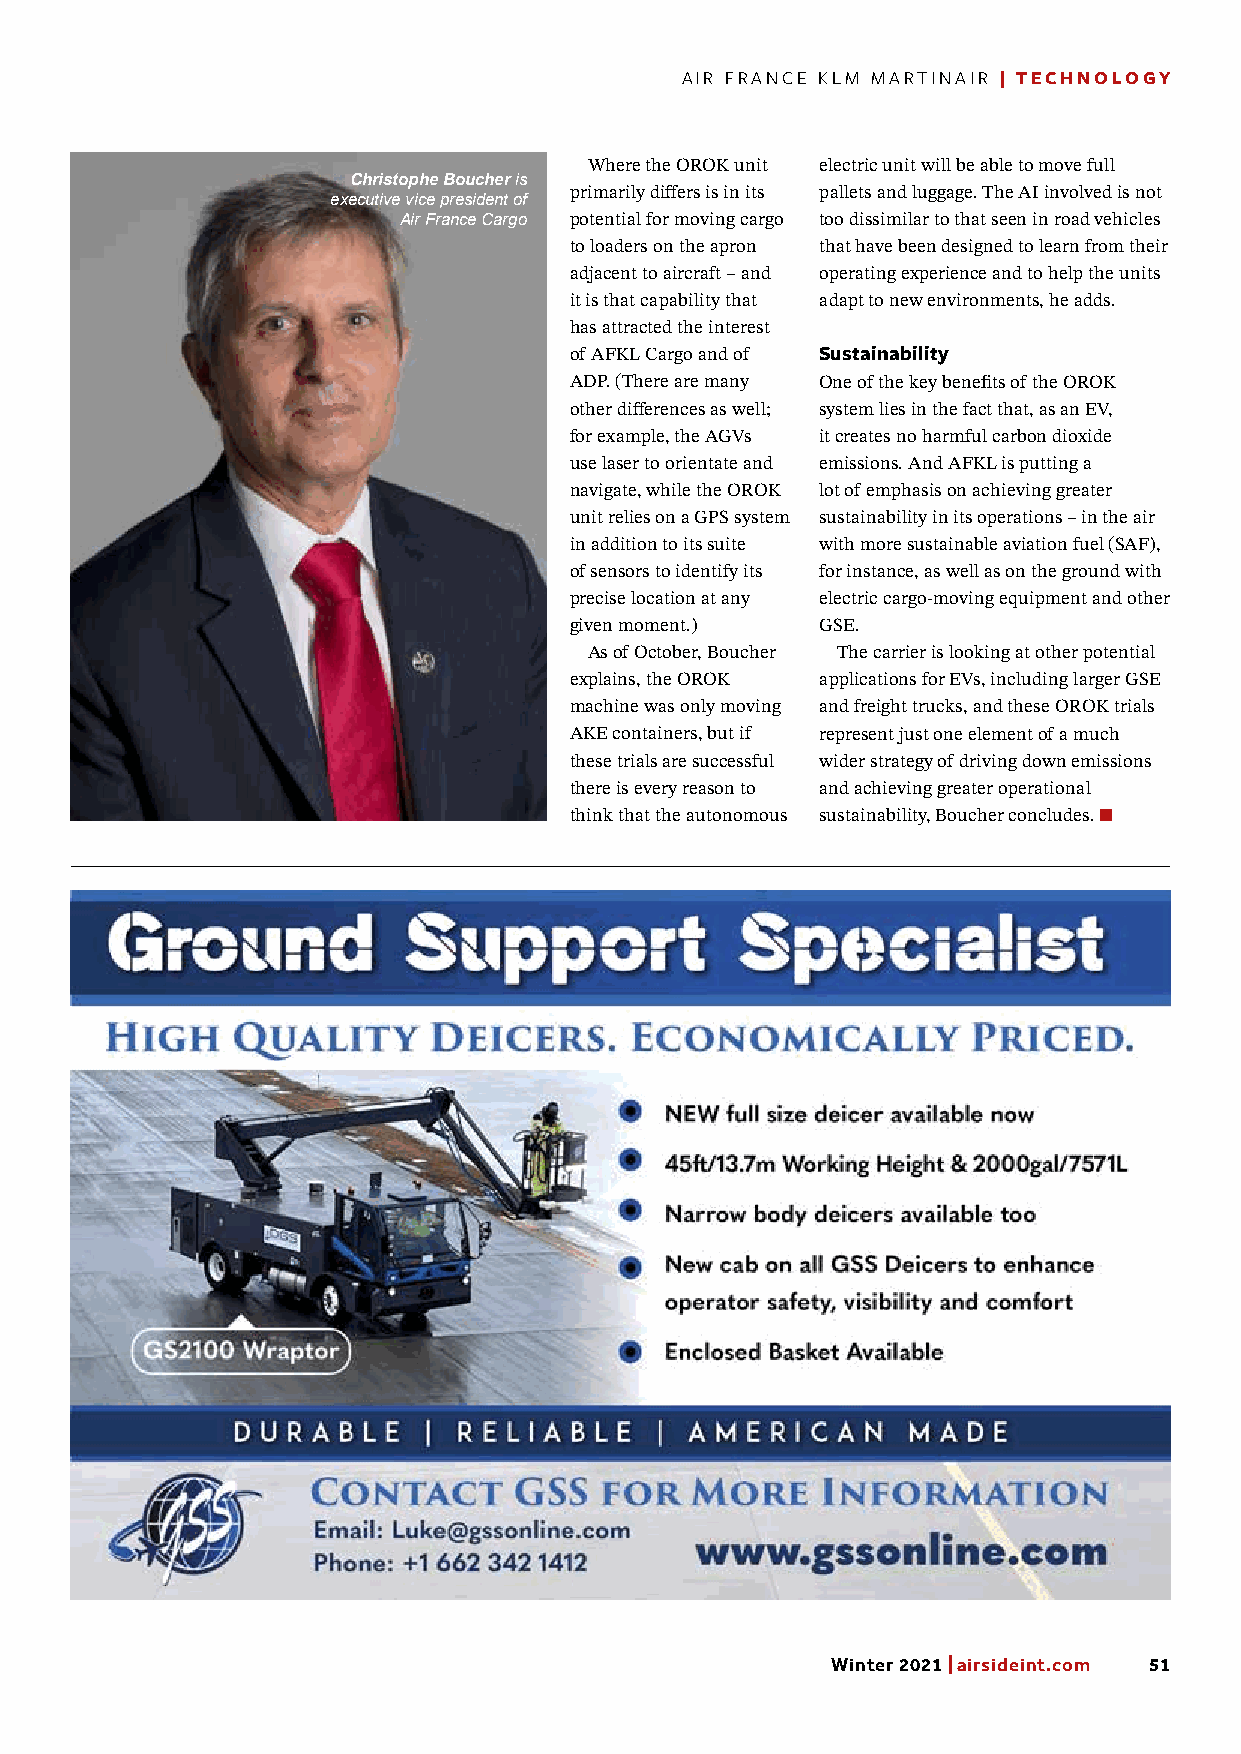
AIR FRANCE KLM MARTINAIR | TECHNOLOGY
 Where the OROK unit electric unit will be able to move full
 Christophe Boucher is
 primarily differs is in its pallets and luggage. The AI involved is not
 executive vice president of
 Air France Cargo potential for moving cargo too dissimilar to that seen in road vehicles
 to loaders on the apron that have been designed to learn from their
 adjacent to aircraft – and operating experience and to help the units
 it is that capability that adapt to new environments, he adds.
 has attracted the interest
 of AFKL Cargo and of Sustainability
 ADP. (There are many One of the key benefits of the OROK
 other differences as well; system lies in the fact that, as an EV,
 for example, the AGVs it creates no harmful carbon dioxide
 use laser to orientate and emissions. And AFKL is putting a
 navigate, while the OROK lot of emphasis on achieving greater
 unit relies on a GPS system sustainability in its operations – in the air
 in addition to its suite with more sustainable aviation fuel (SAF),
 of sensors to identify its for instance, as well as on the ground with
 precise location at any electric cargo-moving equipment and other
 given moment.)  GSE.
 As of October, Boucher The carrier is looking at other potential
 explains, the OROK applications for EVs, including larger GSE
 machine was only moving and freight trucks, and these OROK trials
 AKE containers, but if represent just one element of a much
 these trials are successful wider strategy of driving down emissions
 there is every reason to and achieving greater operational
 think that the autonomous sustainability, Boucher concludes.
 Winter 2021 | airsideint.com 51